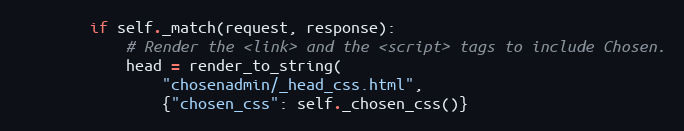
Language: Python
        if self._match(request, response):
            # Render the <link> and the <script> tags to include Chosen.
            head = render_to_string(
                "chosenadmin/_head_css.html",
                {"chosen_css": self._chosen_css()}